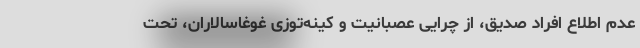
عدم اطلاع افراد صدیق، از چرایی عصبانیت و کینه‌توزی غوغاسالاران، تحت